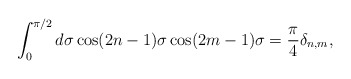
\begin{align*}\int_0^{\pi/ 2} d\sigma \cos(2n-1)\sigma\cos(2m-1)\sigma= \frac{\pi}{4}\delta _{n,m},\end{align*}